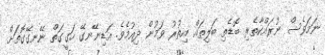
ނަމަވެސް ނުރައްކާތެރި ބޮޑެތި ބަލިތައް އިތުރު ވަމުން ދިއުމެވެ. އަޑިނޭނގޭ ހަގީގަތް ނޭނގޭގޮތަށް